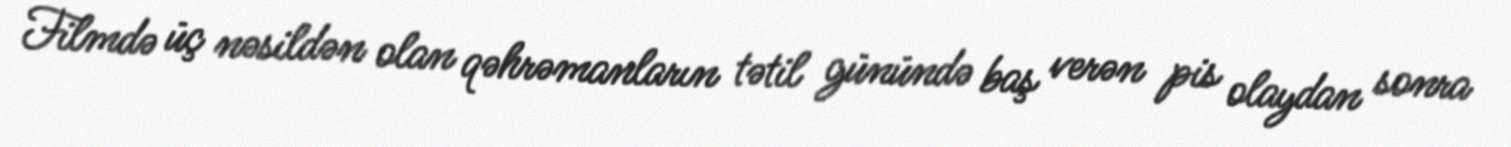
Filmdə üç nəsildən olan qəhrəmanların tətil günündə baş verən pis olaydan sonra